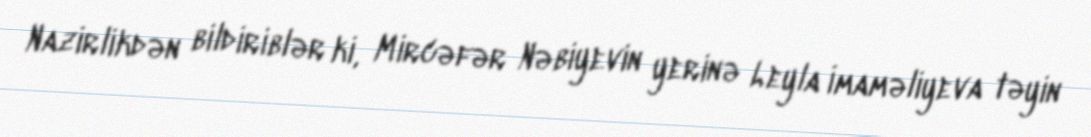
Nazirlikdən bildiriblər ki, Mircəfər Nəbiyevin yerinə Leyla İmaməliyeva təyin